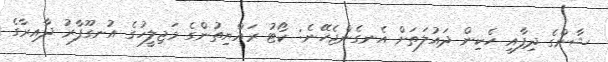
ޝާންގެ ދިފާއީ ހެކިން ދައުލަތަށް އެނގެންޖެހޭނެ: ކޯޓު ރައްޔިތުންގެ މަޖިލީހުގެ އުނގޫފާރު ދާއިރާގެ